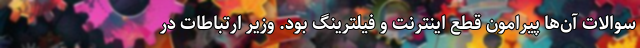
سوالات آن‌ها پیرامون قطع اینترنت و فیلترینگ بود. وزیر ارتباطات در